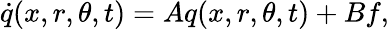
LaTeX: \dot{q}(x,r,\theta,t)=Aq(x,r,\theta,t)+Bf,